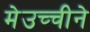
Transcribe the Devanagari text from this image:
मेउच्चीने